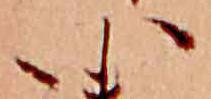
い